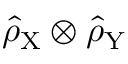
\hat { \rho } _ { \mathrm { X } } \otimes \hat { \rho } _ { \mathrm { Y } }